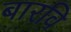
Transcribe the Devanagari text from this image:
बारवि